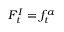
F _ { t } ^ { I } = f _ { t } ^ { a }